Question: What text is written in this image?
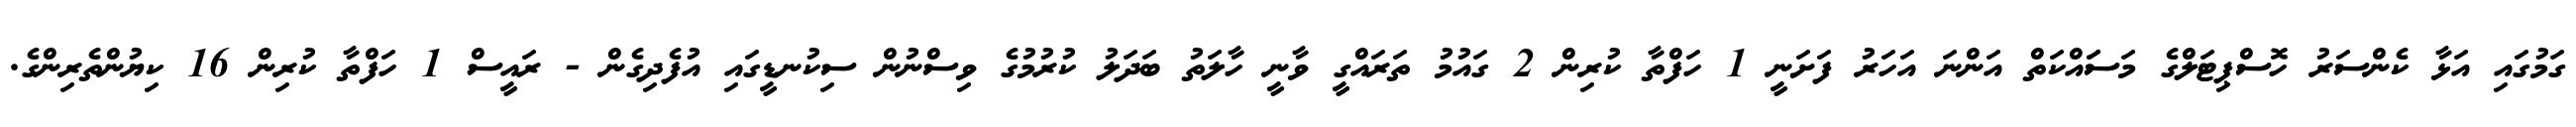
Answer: ގަމުގައި އަޅާ ކެންސަރު ހޮސްޕިޓަލްގެ މަސަައްކަތް އަންނަ އަހަރު ފަށަނީ 1 ހަފްތާ ކުރިން 2 ގައުމު ތަރައްގީ ވާނީ ހާލަތު ބަދަލު ކުރުމުގެ ވިސްނުން ސިކުނޑީގައި އުފެދިގެން - ރައީސް 1 ހަފްތާ ކުރިން 16 ކިޔުންތެރިންގެ.